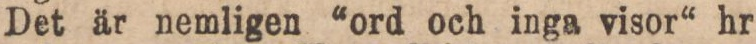
Det är nemligen “ord och inga visor“ hr